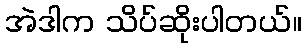
အဲဒါက သိပ်ဆိုးပါတယ်။